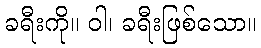
ခရီးကို။ ဝါ၊ ခရီးဖြစ်သော။